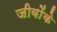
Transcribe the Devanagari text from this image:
जीवोंके